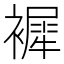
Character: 䙙